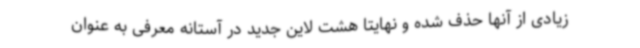
زیادی از آنها حذف شده و نهایتا هشت لاین جدید در آستانه معرفی به عنوان